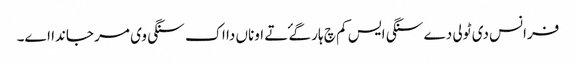
فرانس دی ٹولی دے سنگی ایس کم چ ہار گۓ تے اوناں دا اک سنگی وی مر جاندا اے۔